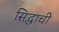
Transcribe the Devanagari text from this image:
सिद्धाची